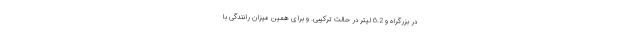
در بزرگراه و 6.2 لیتر در حالت ترکیبی. و برای همین میزان رانندگی با